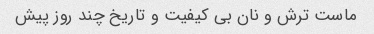
ماست ترش و نان بی کیفیت و تاریخ چند روز پیش